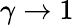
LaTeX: \gamma\to 1